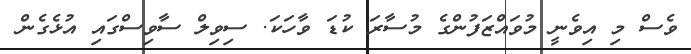
ވެސް މި އިވެނީ މުވައްޒަފުންގެ މުސާރަ ކުޑަ ވާހަކަ. ސިވިލް ސާވިސްގައި އުޅެގެން